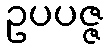
ဥပပဇ္ဇ